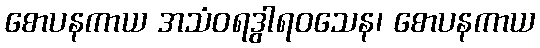
စောပနကာယ အသံဝရဒွါရဝသေန၊ စောပနကာယ